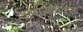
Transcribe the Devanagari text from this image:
क्लायमॅक्स